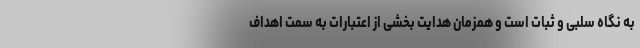
به نگاه سلبی و ثبات است و همزمان هدایت بخشی از اعتبارات به سمت اهداف